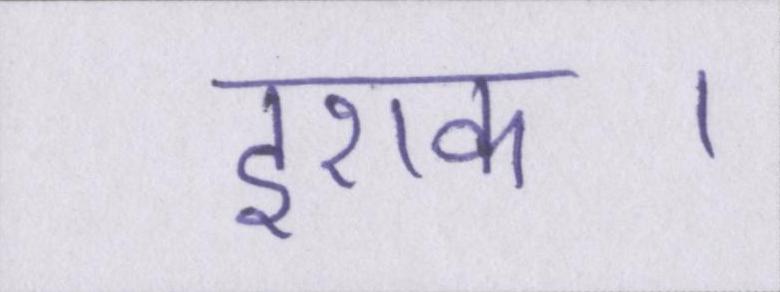
इराक।